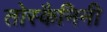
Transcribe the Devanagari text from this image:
तोस्कैनिनी